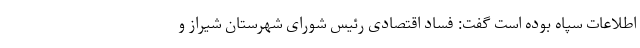
اطلاعات سپاه بوده است گفت: فساد اقتصادی رئیس شورای شهرستان شیراز و